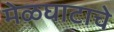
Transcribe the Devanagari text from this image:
मेळघाटाचे